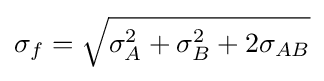
\sigma _{f}={\sqrt {\sigma _{A}^{2}+\sigma _{B}^{2}+2\sigma _{AB}}}